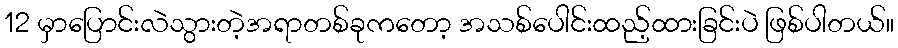
12 မှာပြောင်းလဲသွားတဲ့အရာတစ်ခုကတော့ အသစ်ပေါင်းထည့်ထားခြင်းပဲ ဖြစ်ပါတယ်။